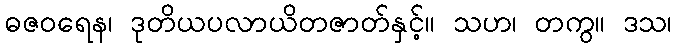
ဓဇဝရေန၊ ဒုတိယပလာယိတဇာတ်နှင့်။ သဟ၊ တကွ။ ဒသ၊